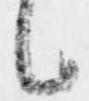
候